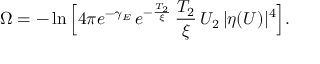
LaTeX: \Omega = - \ln \Big [ 4 \pi e ^ { - \gamma _ { E } } \, e ^ { - \frac { T _ { 2 } } { \xi } } \, \frac { T _ { 2 } } { \xi } \, U _ { 2 } \, \vert \eta ( U ) \vert ^ { 4 } \Big ] .